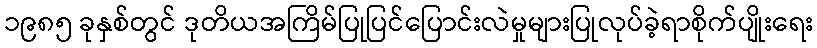
၁၉၈၅ ခုနှစ်တွင် ဒုတိယအကြိမ်ပြုပြင်ပြောင်းလဲမှုများပြုလုပ်ခဲ့ရာစိုက်ပျိုးရေး